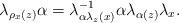
LaTeX: \begin{align*}\lambda_{\rho_{x}(z)}\alpha=\lambda_{\alpha\lambda_{z}(x)}^{-1}\alpha\lambda_{\alpha(z)}\lambda_{x}.\end{align*}